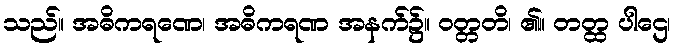
သည်။ အဓိကရဏေ၊ အဓိကရဏ အနက်၌။ ဝတ္တတိ၊ ၏။ တတ္ထ ပါဌေ၊